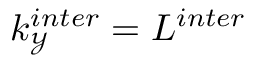
k _ { \mathcal { Y } } ^ { i n t e r } = L ^ { i n t e r }